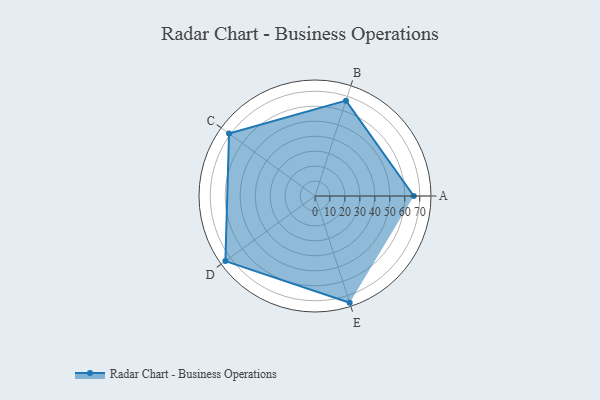
{"axis": {"x": "Skill", "y": "Score"}, "legend": ["Profile"], "data": [{"x": "A", "y": 66.0, "type": "Profile"}, {"x": "B", "y": 67.0, "type": "Profile"}, {"x": "C", "y": 71.0, "type": "Profile"}, {"x": "D", "y": 74.0, "type": "Profile"}, {"x": "E", "y": 75.0, "type": "Profile"}]}